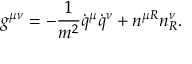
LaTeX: g ^ { \mu \nu } = - \frac { 1 } { m ^ { 2 } } \dot { q } ^ { \mu } \dot { q } ^ { \nu } + n ^ { \mu R } n _ { R } ^ { \nu } .